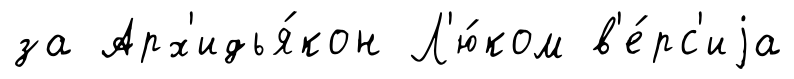
за Арх'идья́кон Л'ю́ком в'е́рс'иjа